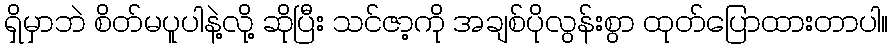
ရှိမှာဘဲ စိတ်မပူပါနဲ့လို့ ဆိုပြီး သင်ဇာ့ကို အချစ်ပိုလွန်းစွာ ထုတ်ပြောထားတာပါ။